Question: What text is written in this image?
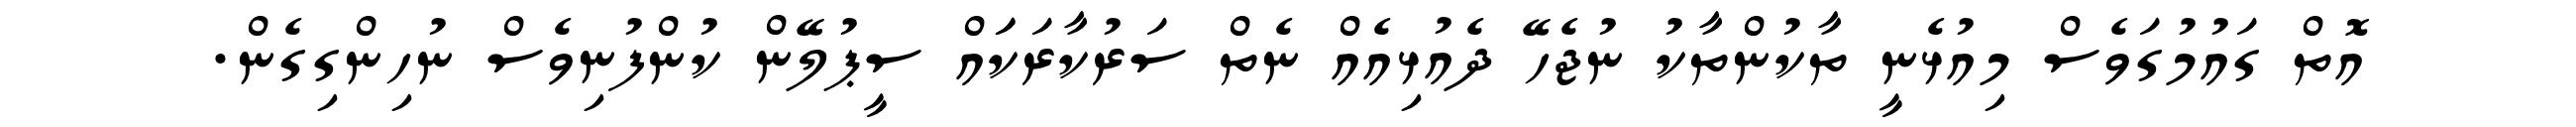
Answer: އޮތް ގައުމުގަވެސް މިއުޅެނީ ތާކުންތާކު ނުޖެހޭ ދެއުޅިއެއް ނެތް ސަރުކާރަކަައް ސީޕުލޭން ކުންފުނިވެސް ނުހިންގިގެން.